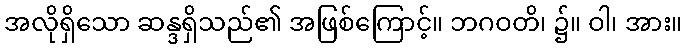
အလိုရှိသော ဆန္ဒရှိသည်၏ အဖြစ်ကြောင့်။ ဘဂဝတိ၊ ၌။ ဝါ၊ အား။